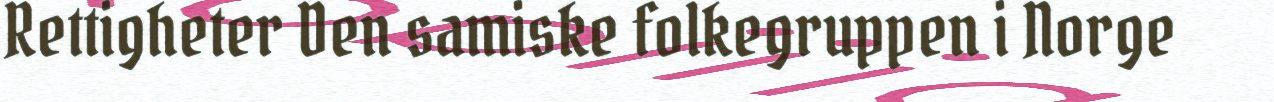
Rettigheter Den samiske folkegruppen i Norge